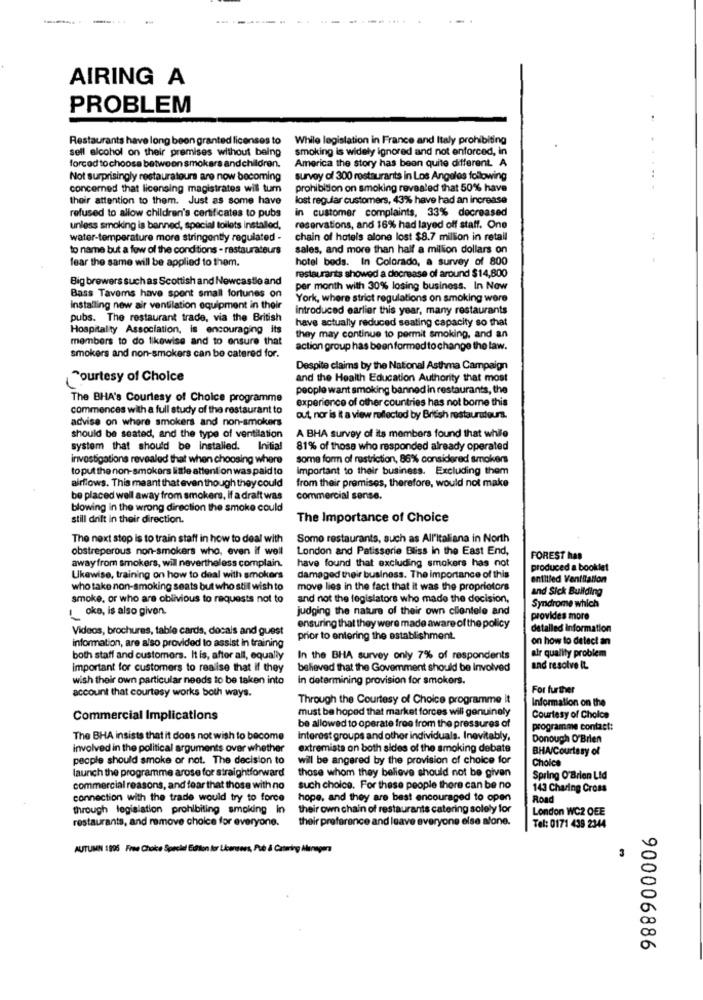
AIRING A
PROBLEM
Restaurants have long been granted licenses to
While legislation in France and Italy prohibiting
sell alcohol on their premises without being
smoking is widely ignored and not enforced, in
America the story has been quite different. A
forced to choose between smokers and children.
Not surprisingly restauratours are now becoming
survey of 300 restaurants in Los Angeles following
concerned that licensing magistrates will tum
prohibition on smoking revealed that 50% have
their attention to them. Just as some have
lost regular customers, 43% have had an increase
refused to allow children's certificates to pubs
in customer complaints, 33% decreased
unless smoking is banned, special toilets installed,
reservations, and 16% had layed off staff. One
water-temperature more stringently regulated -
chain of hotels alone lost $8.7 million in retail
to name but a few of the conditions - restaurateurs
sales, and more than half a million dollars on
fear the same will be applied to them.
hotel beds. In Colorado, a survey of 800
Big brewers such as Scottish and Newcastle and
restaurants showed a decrease of around $14,800
Bass Tavems have spent small fortunes on
per month with 30% losing business. In Now
York, where strict regulations on smoking were
Installing new air ventilation equipment in their
introduced earlier this year, many restaurants
pubs. The restaurant trade, via the British
have actually reduced seating capacity so that
Hospitality Association, is encouraging its
members to do likewise and to ensure that
they may continue to permit smoking, and an
smokers and non-smokers can be catered for.
action group has been formed to change the law.
Despite claims by the National Asthma Campaign
Courtesy of Choice
and the Health Education Authority that most
people want smoking banned in restaurants, the
The BHA's Courtesy of Choice programme
experience of other countries has not bome this
commences with a full study of the restaurant to
advise on where smokers and non-smokers
out, nor is it a view reflected by Britsh restaurateurs.
A BHA survey of its members found that while
should be seated, and the type of ventilation
system that should be installed.
Initial
81% of those who responded already operated
investigations revealed that when choosing where
some form of restriction, 86% considered smokers
to put the non-smokers little attention was paid to
important to their business. Excluding them
airflows. This meant that even though they could
from their premises, therefore, would not make
be placed well away from smokers, If a draft was
commercial sense.
blowing in the wrong direction the smoke could
still drift in their direction.
The Importance of Choice
The next stop is to train staff in how to deal with
Somo restaurants, such as All'italiana in North
obstreperous non-smokers who, even if well
London and Patisserie Bliss in the East End,
away from smokers, will nevertheless complain.
have found that excluding smokers has not
FOREST has
produced a booklet
Ukewise, training on how to deal with smokers
damaged their business. The importance of this
entitled Ventilation
who take non-smoking seats but who still wish to
move lies in the fact that it was the propriotors
and Sick Building
smoke, or who are oblivious to requests not to
and not the legislators who made the decision,
1 oko, is also given.
judging the nature of their own clientele and
Syndrome which
provides more
Videos, brochures, table cards, docals and guest
ensuring that they were made aware of the policy
detailed information
information, are also provided to assist in training
prior to entering the establishment.
on how to detect an
both staff and customers. It is, after all, equally
In the BHA survey only 7% of respondents
air quality problem
important for customers to realise that if they
believed that the Goverment should be Involved
and resolve it
wish their own particular needs to be taken into
in determining provision for smokers.
For further
account that courtesy works both ways.
Through the Courtesy of Choice programme it
Information on the
must be hoped that market forces will genuinely
Commercial Implications
Courtesy of Choice
be allowed to operate froo from the pressures of
programme contact:
The BHA insists that it does not wish to become
Interest groups and other individuals. Inevitably,
Donough O'Brien
involved in the political arguments over whether
extremista on both sides of the smoking debate
BHA/Courtesy of
people should smoke or not. The decision to
will be angered by the provision of choice for
Choice
launch the programme arose for straightforward
those whom they believe should not be given
Spring O'Brien Lid
commercial reasons, and fear that those with no
such choice. For these people there can be no
143 Charing Cross
connection with the trade would try to force
hope, and they are best encouraged to open
Road
through legislation prohibiting smoking In
their own chain of restaurants catering solely for
London WC2 OEE
restaurants, and remove choice for everyone.
their preference and leave everyone else alone.
Tel: 0171 439 2344
AUTUMN 1996 Free Choice Special Edition for Licensors, Pub & Catering Alanagens
3
900006886